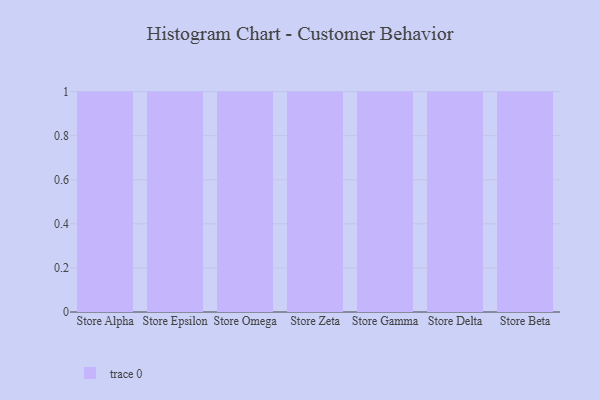
{"axis": {"x": "Store", "y": "Website Visitors"}, "legend": [""], "data": [{"x": "Store Alpha", "y": 68, "type": ""}, {"x": "Store Epsilon", "y": 78, "type": ""}, {"x": "Store Omega", "y": 82, "type": ""}, {"x": "Store Zeta", "y": 73, "type": ""}, {"x": "Store Gamma", "y": 36, "type": ""}, {"x": "Store Delta", "y": 57, "type": ""}, {"x": "Store Beta", "y": 85, "type": ""}]}